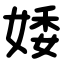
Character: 婑